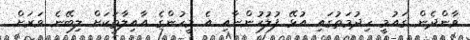
ވާންދެން ގައުމީ ހިދުމަތުގައި އުޅޭ ފުލުހުންނާއި އެ މީހުންގެ އާއިލާތަކަށް ލިބޭނެ ވަރަށް